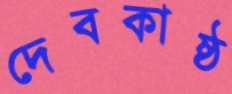
দেবকাষ্ঠ